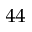
^ { 4 4 }